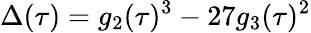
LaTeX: \Delta(\tau)=g_{2}(\tau)^{3}-27g_{3}(\tau)^{2}